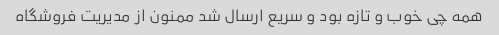
همه چی خوب و تازه بود و سریع ارسال شد ممنون از مدیریت فروشگاه